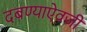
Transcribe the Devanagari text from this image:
दबण्याऐवजी